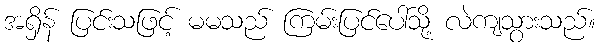
အရှိန် ပြင်းသဖြင့် မမသည် ကြမ်းပြင်ပေါ်သို့ လဲကျသွားသည်။